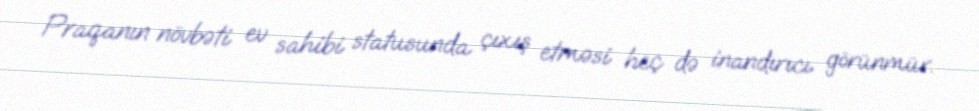
Praqanın növbəti ev sahibi statusunda çıxış etməsi heç də inandırıcı görünmür.